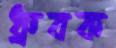
ধ্রুবক